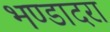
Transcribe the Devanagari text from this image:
भण्डादरा